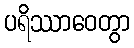
ပရိဿာဝေတွာ